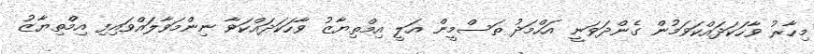
މިހާރު ވާހަކަދައްކަވަމުން ގެންދަވަނީ އަހްމަދު ތަސްމީން އަލީ އިމްތިޔާޒު ވާހަކަދައްކަވާ ނިންމަވާލައްވައިފި އިމްތިޔާޒު